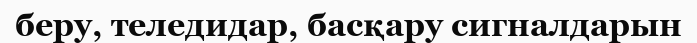
беру, теледидар, басқару сигналдарын